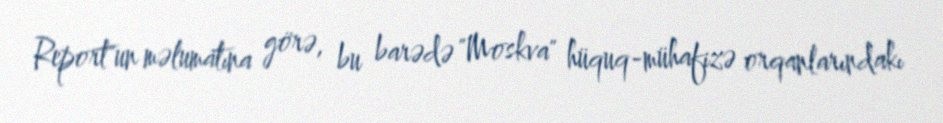
Report"un məlumatına görə, bu barədə "Moskva" hüquq-mühafizə orqanlarındakı